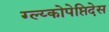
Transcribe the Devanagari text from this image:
ग्ल्य्कोपेप्तिदेस